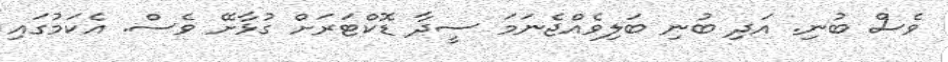
ވެސް ބުނި. އަދި ބުނި ބަލިވެއްޖެނަމަ ސީދާ ޑޮކްޓަރަށް ގުޅާށޭ ވެސް. އެކަމުގައި